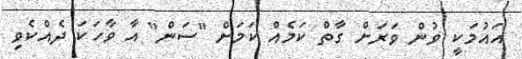
އައުމަކީ ވުން ވަރަށް ގާތް ކަމެއް ކަމަށް "ސަން" އާ ވާހަކަ ދެއްކެވި